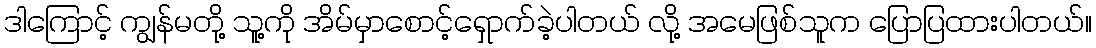
ဒါကြောင့် ကျွန်မတို့ သူ့ကို အိမ်မှာစောင့်ရှောက်ခဲ့ပါတယ် လို့ အမေဖြစ်သူက ပြောပြထားပါတယ်။